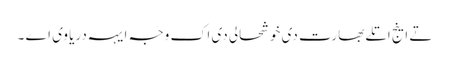
تے اینج اتلے بھارت دی خوشحالی دی اک وجہ ایہہ دریا وی اے ۔